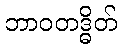
ဘာဝတဒ္ဓိတ်